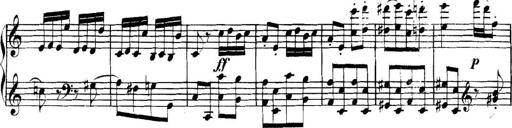
Title: Collected Piano Sonatas
Composer: Muzio Clementi